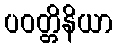
ပဝတ္တိနိယာ